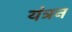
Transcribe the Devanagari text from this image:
यंत्रन